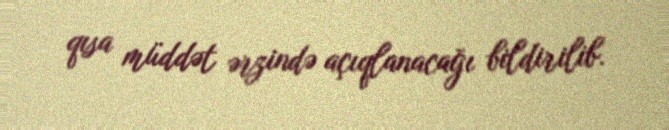
qısa müddət ərzində açıqlanacağı bildirilib.